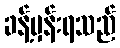
ခန့်မှန်းရသည်